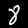
Label: 8